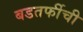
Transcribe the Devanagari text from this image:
बडतर्फीची